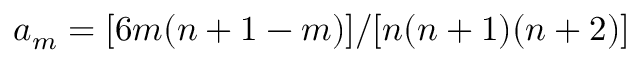
a _ { m } = [ 6 m ( n + 1 - m ) ] / [ n ( n + 1 ) ( n + 2 ) ]